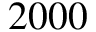
2 0 0 0